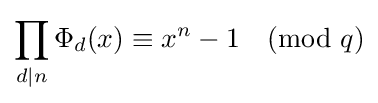
\prod _{d\mid n}\Phi _{d}(x)\equiv x^{n}-1{\pmod {q}}